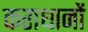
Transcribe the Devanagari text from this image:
कराधानों